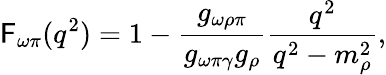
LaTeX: \mathsf{F}_{\omega\pi}(q^{2})=1-\frac{{g_{\omega\rho\pi}}}{{g_{\omega\pi\gamma}g_{\rho}}}\frac{{q^{2}}}{{q^{2}-m_{\rho}^{2}}},